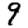
Digit: 9